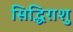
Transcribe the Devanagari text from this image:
सिद्धिराशु